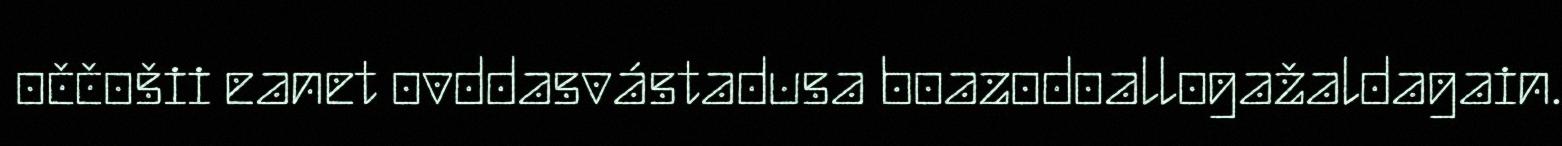
oččošii eanet ovddasvástadusa boazodoallogažaldagain.